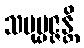
သမုပ္ပဇ္ဇန္တိ